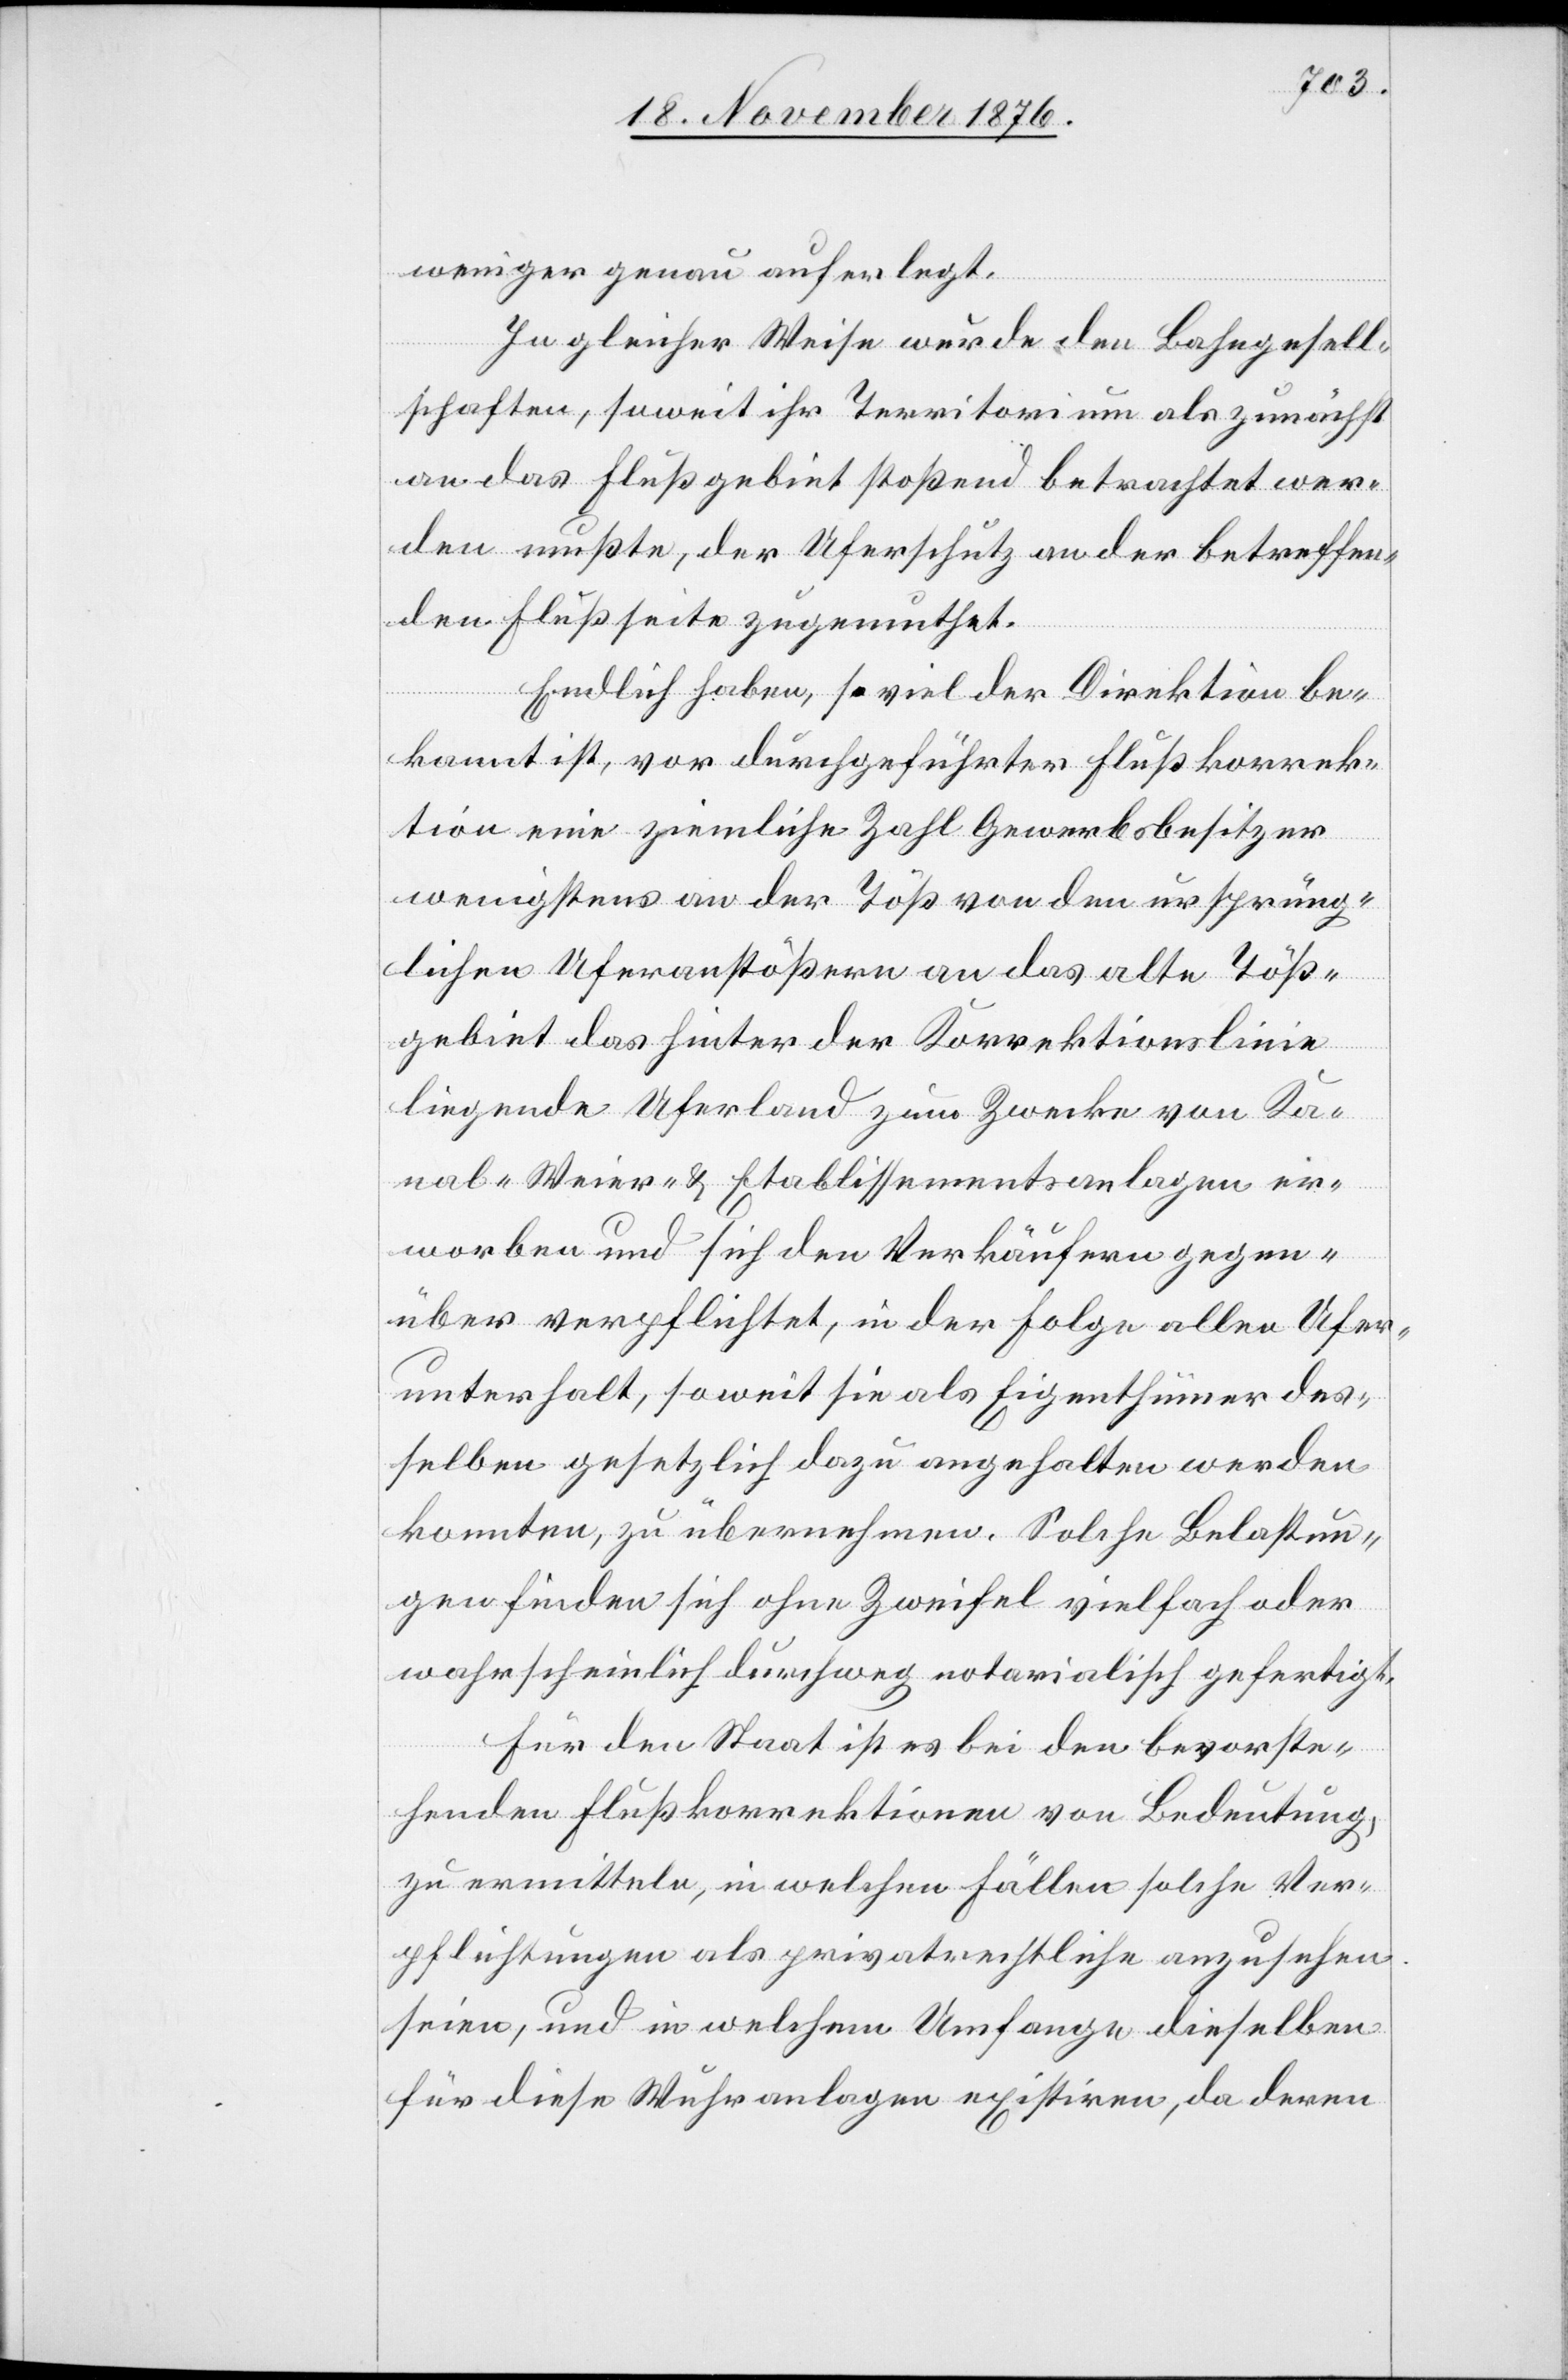
weniger genau auferlegt.
In gleicher Weise wurde den Bahngesell¬
schaften soweit ihr Territorium als zunächst
an das Flußgebiet stoßend betrachtet wer¬
den mußte, der Uferschutz an der betreffen¬
den Flußseite zugemuthet.
Endlich haben, so viel der Direktion be¬
kannt ist, vor durchgeführter Flußkorrek¬
tion eine ziemliche Zahl Gewerbsbesitzer
wenigstens an der Töß von den ursprüng¬
lichen Uferanstößern an das alte Töß¬
gebiet das hinter der Korrektionslinie
liegende Uferland zum Zwecke von Ka¬
nal-[,] Weier- & Etablissementsanlagen er¬
worben und sich den Verkäufern gegen¬
über verpflichtet, in der Folge allen Ufer¬
unterhalt, soweit sie als Eigenthümer des¬
selben gesetzlich dazu angehalten werden
konnten, zu übernehmen. Solche Belastun¬
gen finden sich ohne Zweifel vielfach oder
wahrscheinlich durchweg notarialisch gefertigt.
Für den Staat ist es bei den bevorste¬
henden Flußkorrektionen von Bedeutung,
zu ermitteln, in welchen Fällen solche Ver¬
pflichtungen als privatrechtliche anzusehen
seien, und in welchem Umfange dieselben
für diese Wuhranlagen existiren, da deren